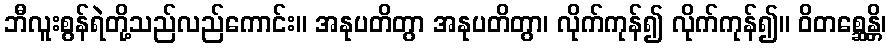
ဘီလူးစွန်ရဲတို့သည်လည်ကောင်း။ အနုပတိတွာ အနုပတိတွာ၊ လိုက်ကုန်၍ လိုက်ကုန်၍။ ဝိတစ္ဆေန္တိ၊